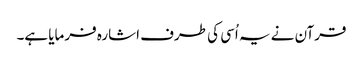
قرآن نے یہ اُسی کی طرف اشارہ فرمایا ہے۔